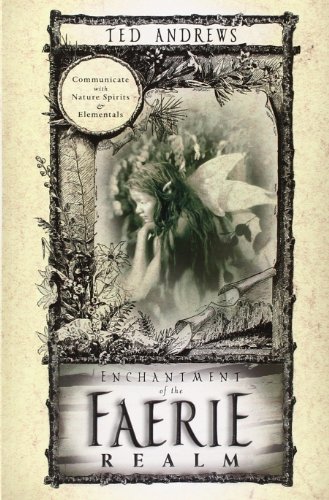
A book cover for Enchantment of the Faerie Realm: Communicate with Nature Spirits & Elementals; Ted Andrews; Religion & Spirituality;